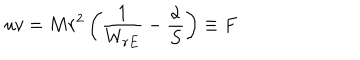
u v = M r ^ { 2 } \left( \frac { 1 } { W _ { r E } } - \frac { \alpha } { S } \right) \equiv F